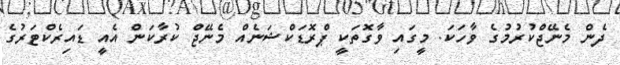
ދެން މެނޭޖްކުރުމުގެ ވާހަކަ. މީގައި ވާގޮތަކީ ޕްރޮޑަކްޝަނެއް މެނޭޖް ކުރާކަން އެއީ ޑައިރެކްޓަރުގެ